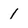
Character: 1